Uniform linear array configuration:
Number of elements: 32
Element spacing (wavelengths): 0.75
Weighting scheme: cosine
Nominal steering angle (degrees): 60
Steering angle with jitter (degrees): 59.869
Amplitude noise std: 0.05
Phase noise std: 0.05

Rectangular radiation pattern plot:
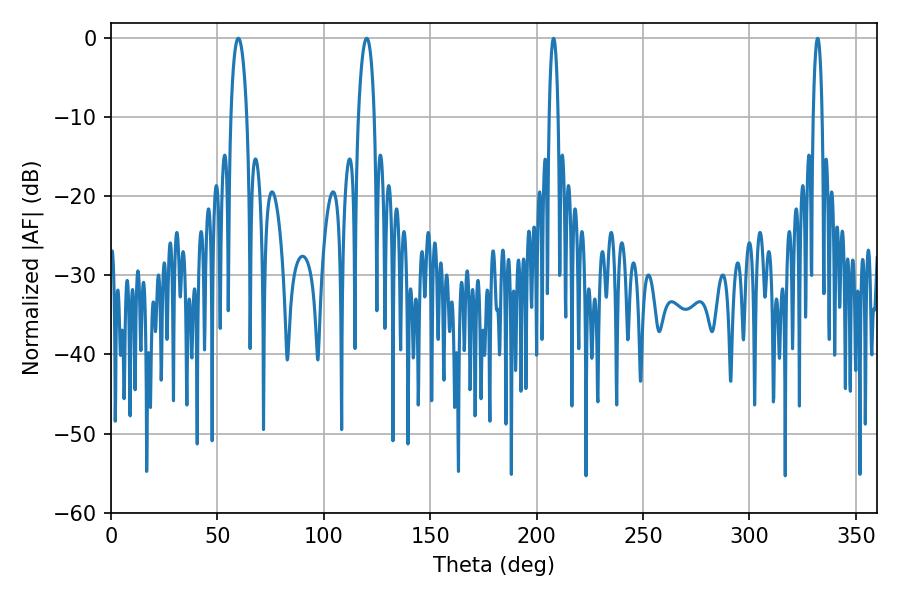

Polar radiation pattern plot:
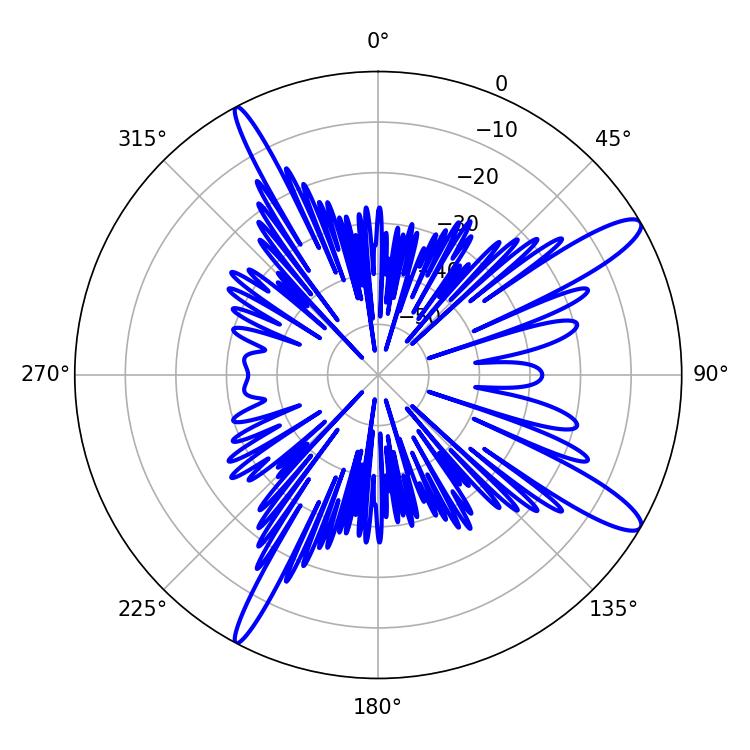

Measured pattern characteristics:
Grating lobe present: TRUE
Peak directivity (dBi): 13.026
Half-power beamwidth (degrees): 4.32
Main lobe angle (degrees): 120.24